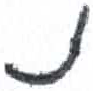
אות: נ